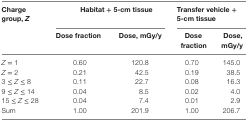
<table><thead><tr><td rowspan="2"><b>Charge group, <i>Z</i></b></td><td colspan="2"><b>Habitat + 5-cm tissue</b></td><td colspan="2"><b>Transfer vehicle + 5-cm tissue</b></td></tr><tr><td><b>Dose fraction</b></td><td><b>Dose, mGy/y</b></td><td><b>Dose fraction</b></td><td><b>Dose, mGy/y</b></td></tr></thead><tbody><tr><td><i>Z</i> = 1</td><td>0.60</td><td>120.8</td><td>0.70</td><td>145.0</td></tr><tr><td><i>Z</i> = 2</td><td>0.21</td><td>42.5</td><td>0.19</td><td>38.5</td></tr><tr><td>3 ≤ <i>Z</i> ≤ 8</td><td>0.11</td><td>22.7</td><td>0.08</td><td>16.3</td></tr><tr><td>9 ≤ <i>Z</i> ≤ 14</td><td>0.04</td><td>8.5</td><td>0.02</td><td>4.0</td></tr><tr><td>15 ≤ <i>Z</i> ≤ 28</td><td>0.04</td><td>7.4</td><td>0.01</td><td>2.9</td></tr><tr><td>Sum</td><td>1.00</td><td>201.9</td><td>1.00</td><td>206.7</td></tr></tbody></table>